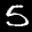
Label: 5